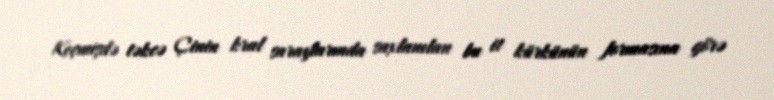
Keçmişdə təkcə Çinin kral saraylarında saxlanılan bu it kürkünün formasına görə